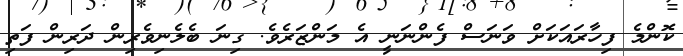
ކޮންމެ ފިހާރައަކަށް ވަނަސް ފެންނަނީ އެ މަންޒަރެވެ. ގިނަ ބެލެނިވެރިން ދަރިން ފަތި